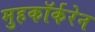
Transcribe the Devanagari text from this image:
मुहकॉर्करेन